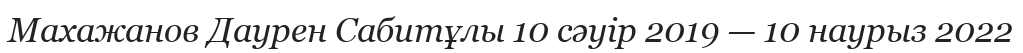
Махажанов Даурен Сабитұлы 10 сәуір 2019 — 10 наурыз 2022